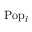
\mathrm { P o p } _ { i }